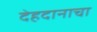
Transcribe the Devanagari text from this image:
देहदानाचा